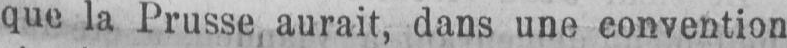
que la Prusse, aurait, dans une convention